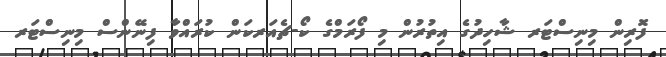
ފޮރިން މިނިސްޓަރ ޝާހިދުގެ އިތުރުން މި ފޯރަމްގެ ކޯ-ޗެއަރކަން ކުރައްވާ ފިނޭންސް މިނިސްޓަރ